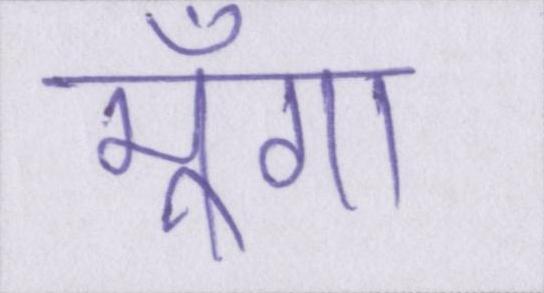
मूँगा